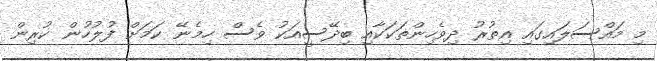
މި މައްސަލައިގައި އިތުރު ދިވެހިންތަކަކާއި ބިދޭސީއަކު ވެސް ހިމެނޭ ކަމަށް ފުލުހުން ކުރިން